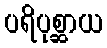
ပရိပုစ္ဆာယ